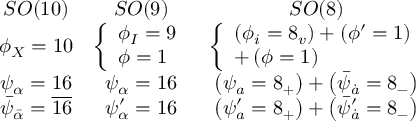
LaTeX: \begin{array} { c c c } { { S O ( 1 0 ) } } & { { S O ( 9 ) \begin{array} { l } \end{array} } } & { { S O ( 8 ) } } \\ { { \phi _ { X } = 1 0 } } & { { \left\{ \begin{array} { l } { { \phi _ { I } = 9 } } \\ { { \phi = 1 } } \end{array} \right. } } & { { \left\{ \begin{array} { l } { { \left( \phi _ { i } = 8 _ { v } \right) + \left( \phi ^ { \prime } = 1 \right) } } \\ { { + \left( \phi = 1 \right) } } \end{array} \right. } } \\ { { \psi _ { \alpha } = 1 6 } } & { { \psi _ { \alpha } = 1 6 } } & { { \left( \psi _ { a } = 8 _ { + } \right) + \left( \bar { \psi } _ { \dot { a } } = 8 _ { - } \right) } } \\ { { \bar { \psi } _ { \bar { \alpha } } = \overline { { { 1 6 } } } } } & { { \psi _ { \alpha } ^ { \prime } = 1 6 } } & { { \left( \psi _ { a } ^ { \prime } = 8 _ { + } \right) + \left( \bar { \psi } _ { \dot { a } } ^ { \prime } = 8 _ { - } \right) } } \end{array}